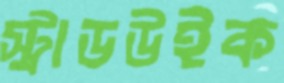
স্ট্রাডউইক